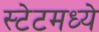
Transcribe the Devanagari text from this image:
स्टेटमध्ये